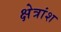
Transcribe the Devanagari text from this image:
क्षेत्रांश